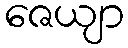
ဇေယျာ